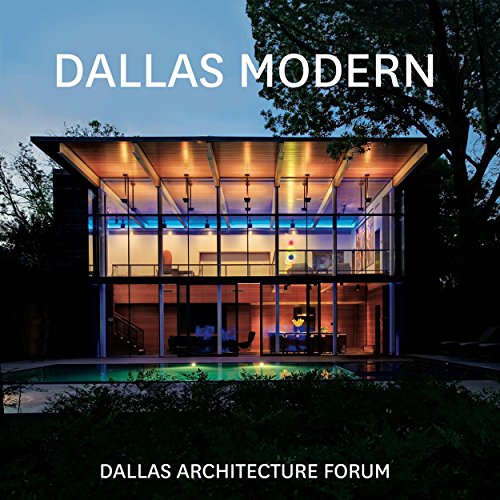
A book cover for Dallas Modern; Dallas Architecture Forum; Arts & Photography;